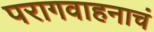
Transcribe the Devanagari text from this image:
परागवाहनाचं